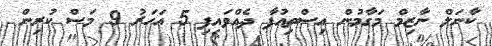
ކާނަލް ނާޒިމް މަގާމުން އިސްތިއުފާ ދެއްވައިފި 5 އަހަރު 9 މަސް ކުރިން